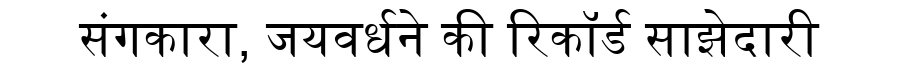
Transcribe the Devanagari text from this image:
संगकारा, जयवर्धने की रिकॉर्ड साझेदारी